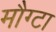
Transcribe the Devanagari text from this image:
मौग्टा